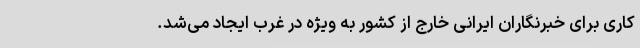
کاری برای خبرنگاران ایرانی‌ خارج از کشور به ویژه در غرب ایجاد می‌شد.